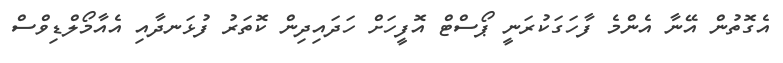
އެގޮތުން އޭނާ އެންމެ ފާހަގަކުރަނީ ޕޯސްޓް އޮފީހަށް ހަދައިދިން ކޮތަރު ފުޅަނދާއި އެއާމޯލްޑިވްސް